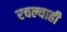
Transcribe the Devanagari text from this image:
रचल्याही